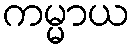
ကမ္မာယ